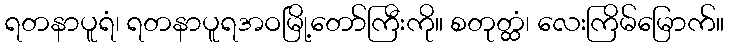
ရတနာပူရံ၊ ရတနာပူရအဝမြို့တော်ကြီးကို။ စတုတ္ထံ၊ လေးကြိမ်မြောက်။